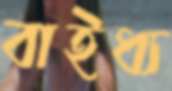
বাইধ্য